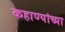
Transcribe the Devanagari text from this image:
कहाण्यांच्या